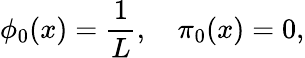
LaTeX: \phi_{0}(x)=\displaystyle\frac{1}{L},\quad\pi_{0}(x)=0,